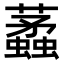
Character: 𧓿